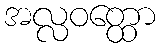
အလ္လဝတ္ထော